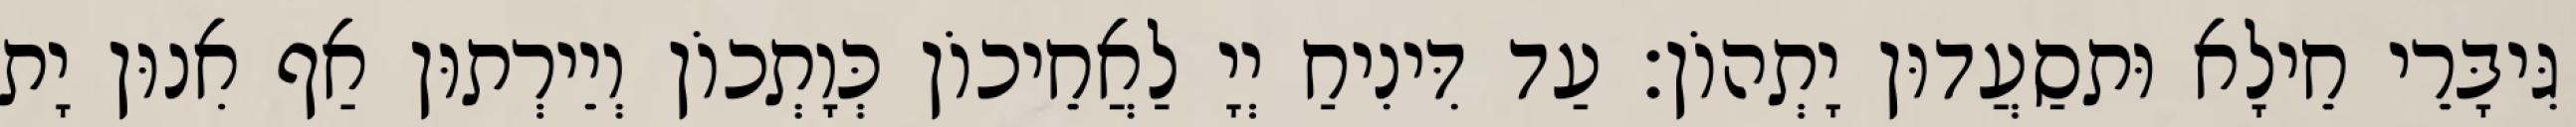
גִּיבָּרֵי חֵילָא וּתסַעֲדוּן יָתְהוֹן׃ עַד דִּינִיחַ יְיָ לַאֲחֵיכוֹן כְּוָתְכוֹן וְיֵירְתוּן אַף אִנוּן יָת